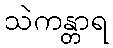
သဲကန္တာရ